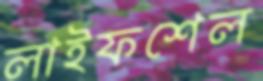
লাইফশেল